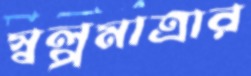
স্বল্পমাত্রার